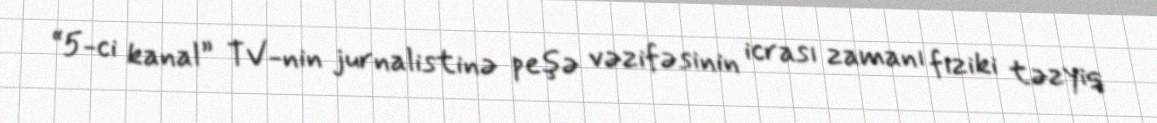
“5-ci kanal” TV-nin jurnalistinə peşə vəzifəsinin icrası zamanı fiziki təzyiq